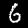
Digit: 6